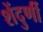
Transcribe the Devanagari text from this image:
शेंदुर्णी